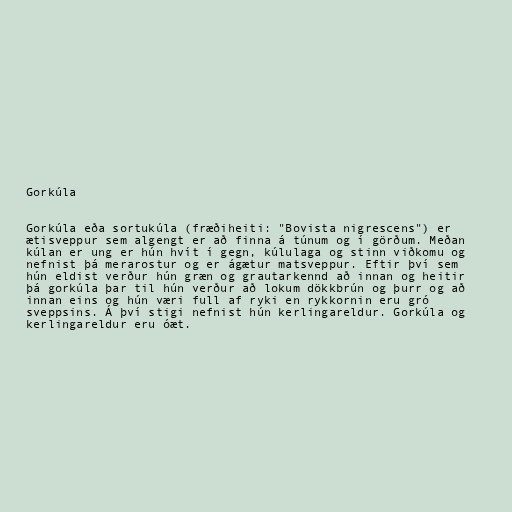
Gorkúla

Gorkúla eða sortukúla (fræðiheiti: "Bovista nigrescens") er
ætisveppur sem algengt er að finna á túnum og í görðum. Meðan
kúlan er ung er hún hvít í gegn, kúlulaga og stinn viðkomu og
nefnist þá merarostur og er ágætur matsveppur. Eftir því sem
hún eldist verður hún græn og grautarkennd að innan og heitir
þá gorkúla þar til hún verður að lokum dökkbrún og þurr og að
innan eins og hún væri full af ryki en rykkornin eru gró
sveppsins. Á því stigi nefnist hún kerlingareldur. Gorkúla og
kerlingareldur eru óæt.